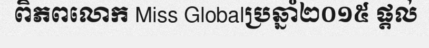
ពិភពលោក Miss Globalប្រឆ្នាំ២០១៥ ផ្តល់